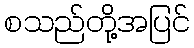
စသည်တို့အပြင်